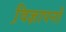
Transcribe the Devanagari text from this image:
वि़ज्ञापनों